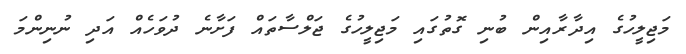
މަޖިލީހުގެ އިދާރާއިން ބުނި ގޮތުގައި މަޖިލީހުގެ ޖަލްސާތައް ފަށާނެ ދުވަހެއް އަދި ނުނިންމަ